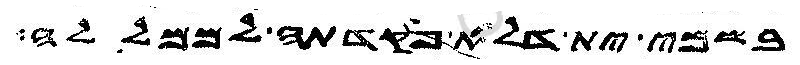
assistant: בשמי ית דלא פקדתה לממללה